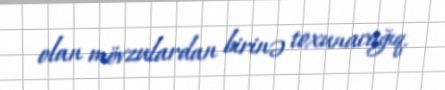
olan mövzulardan birinə toxunacağıq.